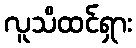
လူသိထင်ရှား